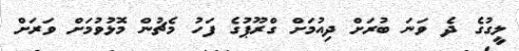
ލީގުގެ ދެ ވަނަ ބުރަށް ދިއުމަށް ގްރޫޕުގެ ފަހު މެޗުން މޮޅުވުމަށް ވަރަށް